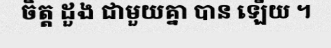
ចិត្ត ដួង ជាមួយគ្នា បាន ឡើយ ។